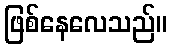
ဖြစ်နေလေသည်။